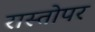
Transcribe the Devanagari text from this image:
रास्तोपर